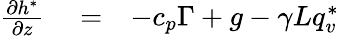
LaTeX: \begin{array}{rlr}{\frac{\partial h^{*}}{\partial z}}&{{}=}&{-c_{p}\Gamma+g-\gamma Lq_{v}^{*}}\end{array}